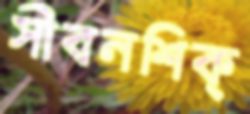
সীবনশিক্